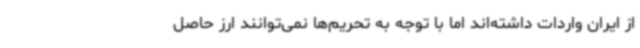
از ایران واردات داشته‌اند اما با توجه به تحریم‌ها نمی‌توانند ارز حاصل